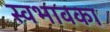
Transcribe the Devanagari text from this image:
स्वभावका